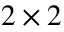
2 \times 2